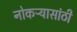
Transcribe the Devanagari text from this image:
नोकऱ्यासांठी